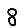
Digit: 8